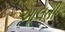
આલતી